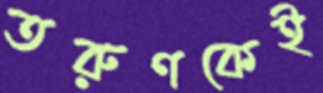
তরুণকেই